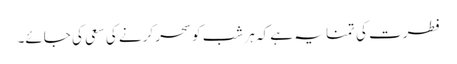
فطرت کی تمنا یہ ہے کہ ہر شب کو سحر کرنے کی سعی کی جائے۔